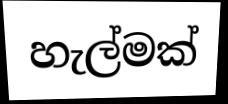
හැල්මක්